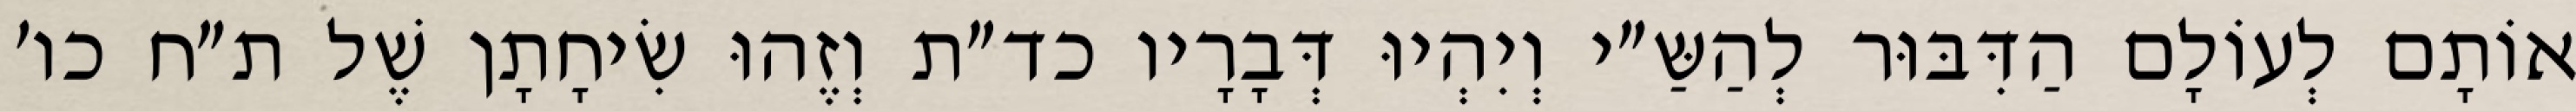
אוֹתָם לְעוֹלָם הַדִּבּוּר לְהַשַּ״י וְיִהְיוּ דְּבָרָיו כד״ת וְזֶהוּ שִׂיחָתָן שֶׁל ת״ח כו׳